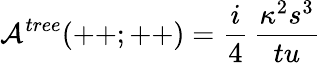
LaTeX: {\cal A}^{tree}(++;++)={\frac{i}{4}}\, {\frac{\kappa^{2}s^{3}}{tu}}